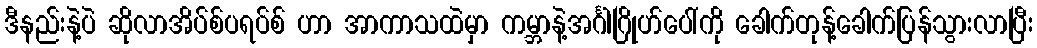
ဒီနည်းနဲ့ပဲ ဆိုလာအိပ်စ်ပရပ်စ် ဟာ အာကာသထဲမှာ ကမ္ဘာနဲ့အင်္ဂါဂြိုဟ်ပေါ်ကို ခေါက်တုန့်ခေါက်ပြန်သွားလာပြီး